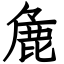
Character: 麁